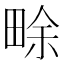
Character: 畭